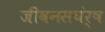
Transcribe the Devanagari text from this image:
जीवनसघंर्ष